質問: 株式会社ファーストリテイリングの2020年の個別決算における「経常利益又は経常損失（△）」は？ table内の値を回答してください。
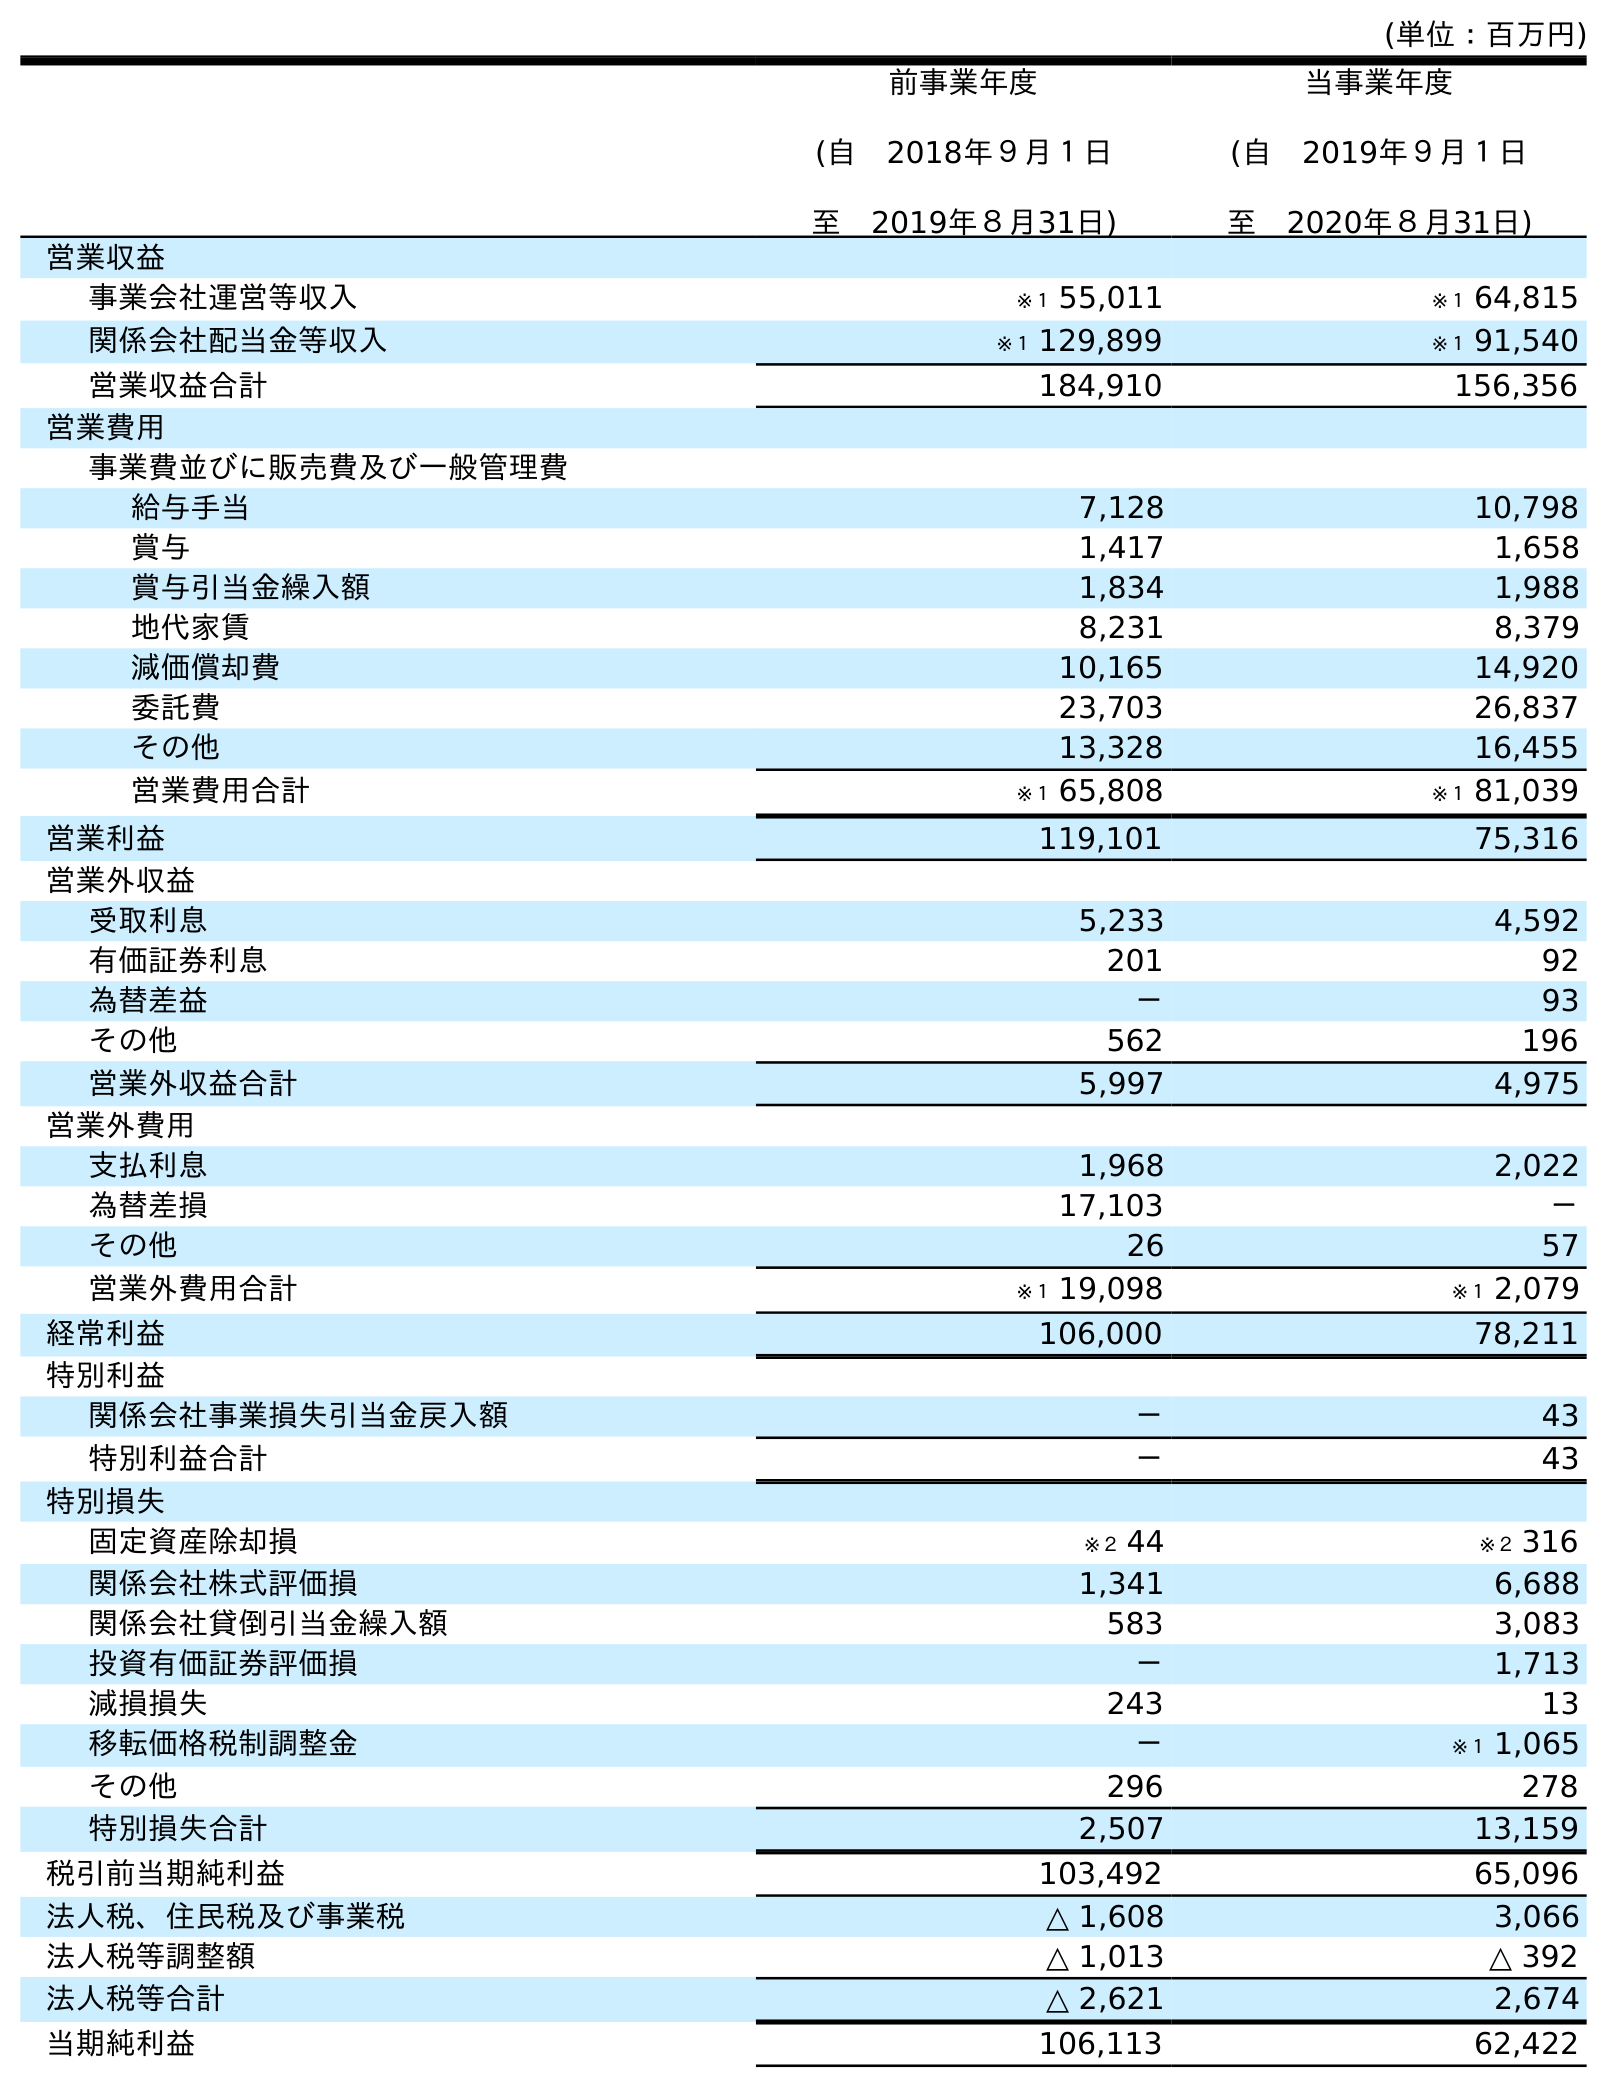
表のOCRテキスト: (単位：百万円) 前事業年度 (自 2018年９月１日 至 2019年８月31日) 当事業年度 (自 2019年９月１日 至 2020年８月31日) 営業収益 事業会社運営等収入 ※１ 55,011 ※１ 64,815 関係会社配当金等収入 ※１ 129,899 ※１ 91,540 営業収益合計 184,910 156,356 営業費用 事業費並びに販売費及び一般管理費 給与手当 7,128 10,798 賞与 1,417 1,658 賞与引当金繰入額 1,834 1,988 地代家賃 8,231 8,379 減価償却費 10,165 14,920 委託費 23,703 26,837 その他 13,328 16,455 営業費用合計 ※１ 65,808 ※１ 81,039 営業利益 119,101 75,316 営業外収益 受取利息 5,233 4,592 有価証券利息 201 92 為替差益 － 93 その他 562 196 営業外収益合計 5,997 4,975 営業外費用 支払利息 1,968 2,022 為替差損 17,103 － その他 26 57 営業外費用合計 ※１ 19,098 ※１ 2,079 経常利益 106,000 78,211 特別利益 関係会社事業損失引当金戻入額 － 43 特別利益合計 － 43 特別損失 固定資産除却損 ※２ 44 ※２ 316 関係会社株式評価損 1,341 6,688 関係会社貸倒引当金繰入額 583 3,083 投資有価証券評価損 － 1,713 減損損失 243 13 移転価格税制調整金 － ※１ 1,065 その他 296 278 特別損失合計 2,507 13,159 税引前当期純利益 103,492 65,096 法人税、住民税及び事業税 △ 1,608 3,066 法人税等調整額 △ 1,013 △ 392 法人税等合計 △ 2,621 2,674 当期純利益 106,113 62,422
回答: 78,211